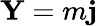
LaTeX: \mathbf{Y}=m\mathbf{j}